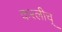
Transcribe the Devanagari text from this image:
करलीच्